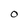
Character: O